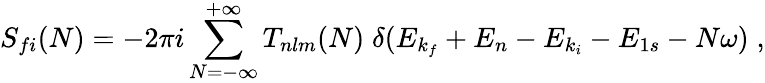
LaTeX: S_{fi}(N)=-2\pi i\sum_{N=-\infty}^{+\infty}T_{nlm}(N)\; \delta(E_{k_{f}}+{E}_{n}-E_{k_{i}}-{E}_{1s}-N\omega)\; ,